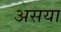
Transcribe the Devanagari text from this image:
असया